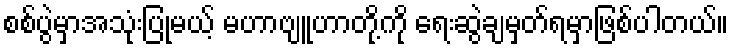
စစ်ပွဲမှာအသုံးပြုမယ့် မဟာဗျူဟာတို့ကို ရေးဆွဲချမှတ်ရမှာဖြစ်ပါတယ်။